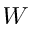
W